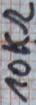
Text: 10KΩ